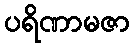
ပရိဏာမဇာ